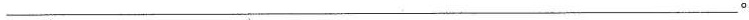
___。